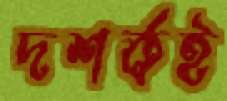
দশর্কই